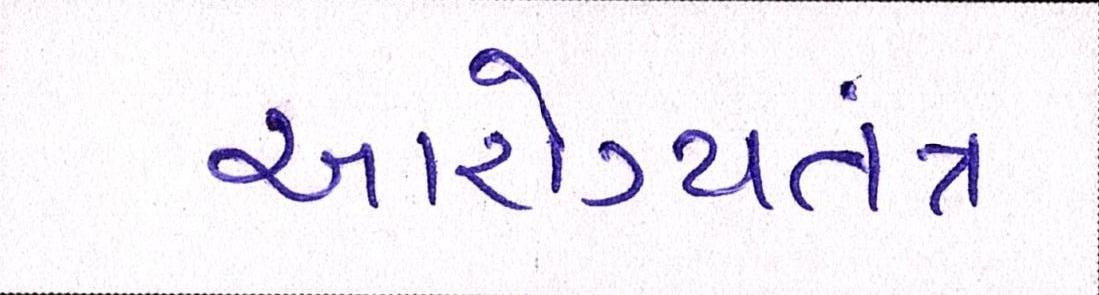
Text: આરોગ્યતંત્ર